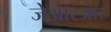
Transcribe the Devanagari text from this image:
जेआरआर